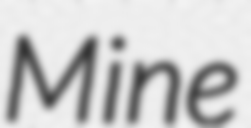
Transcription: Mine